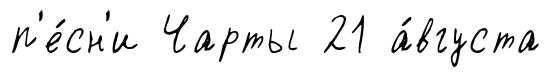
п'е́сн'и Чарты 21 а́вгуста